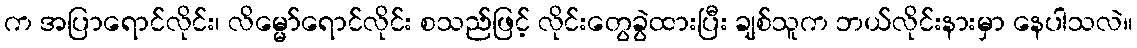
က အပြာရောင်လိုင်း၊ လိမ္မော်ရောင်လိုင်း စသည်ဖြင့် လိုင်းတွေခွဲထားပြီး ချစ်သူက ဘယ်လိုင်းနားမှာ နေပါသလဲ။